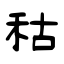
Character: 秙